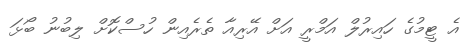
އެ ޓީމުގެ ހައިރުލް އަމްރީ އަށް އޭރިއާ ތެރެއިން ހުސްކޮށް ލިބުނު ބޯޅަ